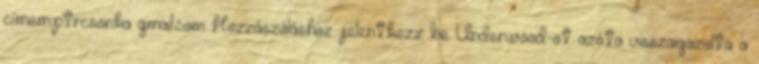
címem:ptrcsonka gmail.com Hozzászóláshoz jelentkezz be Underwood-ot azóta visszaigazolta a